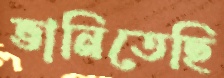
ভানিতেছি